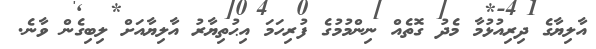
އާލިޔާގެ ދިރިއުޅުމާ މެދު ގޮތެއް ނިންމުމުގެ ފުރިހަމަ އިޙުތިޔާރު އާލިޔާއަށް ލިބިގެން ވާނެ.